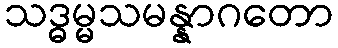
သဒ္ဓမ္မသမန္နာဂတော